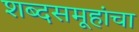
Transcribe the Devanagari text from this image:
शब्दसमूहांचा